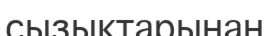
сызықтарынан